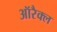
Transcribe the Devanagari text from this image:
ऑरैक्ल